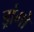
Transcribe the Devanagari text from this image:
ड्रांगो